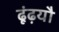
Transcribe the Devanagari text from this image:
ढूंढ़यौ